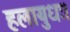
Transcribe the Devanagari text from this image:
हलायुधः।